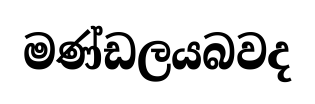
මණ්ඩලයබවද